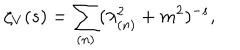
\zeta _ { V } ( s ) = \sum _ { ( n ) } ( \lambda _ { ( n ) } ^ { 2 } + m ^ { 2 } ) ^ { - s } ,